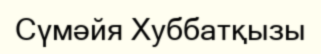
Сүмәйя Хуббатқызы